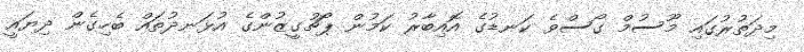
މިދަތުރުގައި މޫސުމް ގޯސްވެ ކަނޑުގެ އޮއިބާރު ކަމުން ޕޯޗުގީޒުންގެ އުޅަނދުތައް ބެހިގެން ދިޔައީ